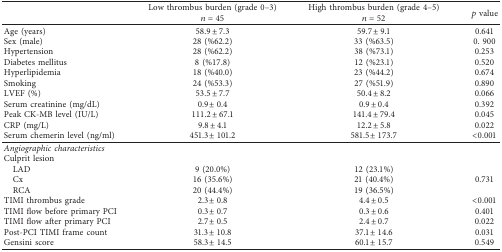
<table><thead><tr><td><b> </b></td><td><b>Low thrombus burden (grade 0–3)<i>n</i>=45</b></td><td><b>High thrombus burden (grade 4–5)<i>n</i>=52</b></td><td><b><i>p</i> value</b></td></tr></thead><tbody><tr><td>Age (years)</td><td>58.9 ± 7.3</td><td>59.7 ± 9.1</td><td>0.641</td></tr><tr><td>Sex (male)</td><td>28 (%62.2)</td><td>33 (%63.5)</td><td>0. 900</td></tr><tr><td>Hypertension</td><td>28 (%62.2)</td><td>38 (%73.1)</td><td>0.253</td></tr><tr><td>Diabetes mellitus</td><td>8 (%17.8)</td><td>12 (%23.1)</td><td>0.520</td></tr><tr><td>Hyperlipidemia</td><td>18 (%40.0)</td><td>23 (%44.2)</td><td>0.674</td></tr><tr><td>Smoking</td><td>24 (%53.3)</td><td>27 (%51.9)</td><td>0.890</td></tr><tr><td>LVEF (%)</td><td>53.5 ± 7.7</td><td>50.4 ± 8.2</td><td>0.066</td></tr><tr><td>Serum creatinine (mg/dL)</td><td>0.9 ± 0.4</td><td>0.9 ± 0.4</td><td>0.392</td></tr><tr><td>Peak CK-MB level (IU/L)</td><td>111.2 ± 67.1</td><td>141.4 ± 79.4</td><td>0.045</td></tr><tr><td>CRP (mg/L)</td><td>9.8 ± 4.1</td><td>12.2 ± 5.8</td><td>0.022</td></tr><tr><td>Serum chemerin level (ng/ml)</td><td>451.3 ± 101.2</td><td>581.5 ± 173.7</td><td>&lt;0.001</td></tr><tr><td><i>Angiographic characteristics</i></td><td> </td><td> </td><td> </td></tr><tr><td>Culprit lesion</td><td> </td><td> </td><td> </td></tr><tr><td> LAD</td><td>9 (20.0%)</td><td>12 (23.1%)</td><td> </td></tr><tr><td> Cx</td><td>16 (35.6%)</td><td>21 (40.4%)</td><td>0.731</td></tr><tr><td> RCA</td><td>20 (44.4%)</td><td>19 (36.5%)</td><td> </td></tr><tr><td>TIMI thrombus grade</td><td>2.3 ± 0.8</td><td>4.4 ± 0.5</td><td>&lt;0.001</td></tr><tr><td>TIMI flow before primary PCI</td><td>0.3 ± 0.7</td><td>0.3 ± 0.6</td><td>0.401</td></tr><tr><td>TIMI flow after primary PCI</td><td>2.7 ± 0.5</td><td>2.4 ± 0.7</td><td>0.022</td></tr><tr><td>Post-PCI TIMI frame count</td><td>31.3 ± 10.8</td><td>37.1 ± 14.6</td><td>0.031</td></tr><tr><td>Gensini score</td><td>58.3 ± 14.5</td><td>60.1 ± 15.7</td><td>0.549</td></tr></tbody></table>